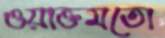
ওয়াক্তমতো